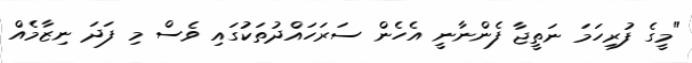
"މީގެ ފުރިހަމަ ނަތީޖާ ފެންނާނީ އެހެން ސަރަހައްދުތަކުގައި ވެސް މި ފަދަ ނިޒާމެއް